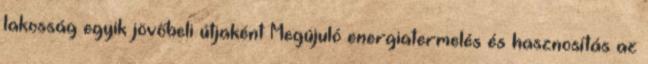
lakosság egyik jövőbeli útjaként Megújuló energiatermelés és hasznosítás az